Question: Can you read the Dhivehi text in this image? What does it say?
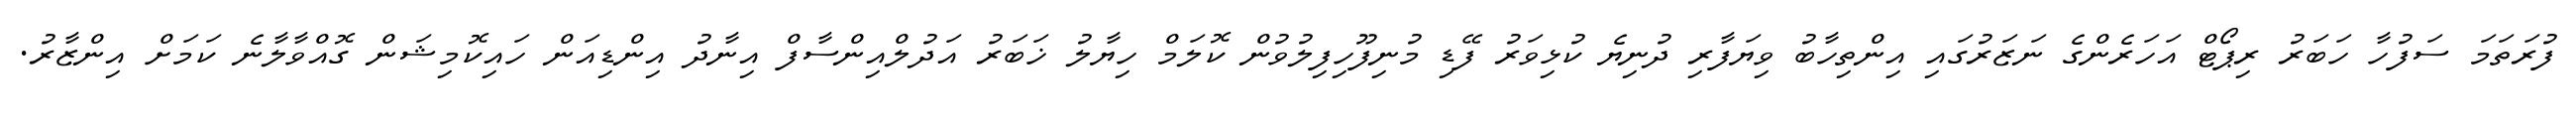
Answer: ފުރަތަމަ ސަފުހާ ހަބަރު ރިޕޯޓް އަހަރެންގެ ނަޒަރުގައި އިންތިހާބު ވިޔަފާރި ދުނިޔެ ކުޅިވަރު ފޭޑި މުނިފޫހިފިލުވުން ކޮލަމް ހިޔާލު ޚަބަރު އަދުލްއިންސާފް އިނާދު އިންޑިއަން ހައިކޮމިޝަން ގޮއްވާލާނެ ކަމަށް އިންޒާރު.